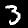
Label: 3